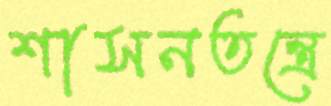
শাসনতন্ত্রে